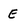
Character: E